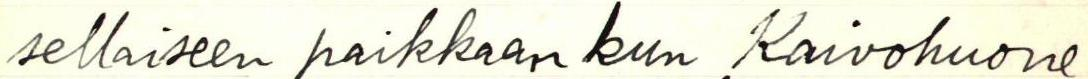
sellaiseen paikkaan kun Kaivohuone